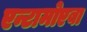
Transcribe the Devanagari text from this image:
एन्टामोएबा